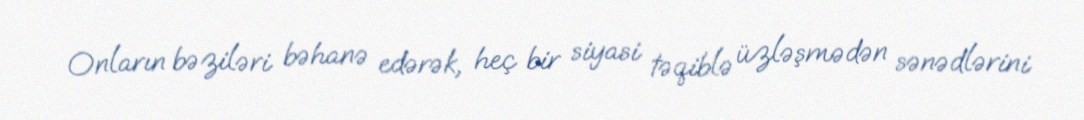
Onların bəziləri bəhanə edərək, heç bir siyasi təqiblə üzləşmədən sənədlərini